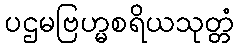
ပဌမဗြဟ္မစရိယသုတ္တံ